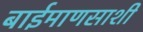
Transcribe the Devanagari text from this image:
बाईमाणसाशी